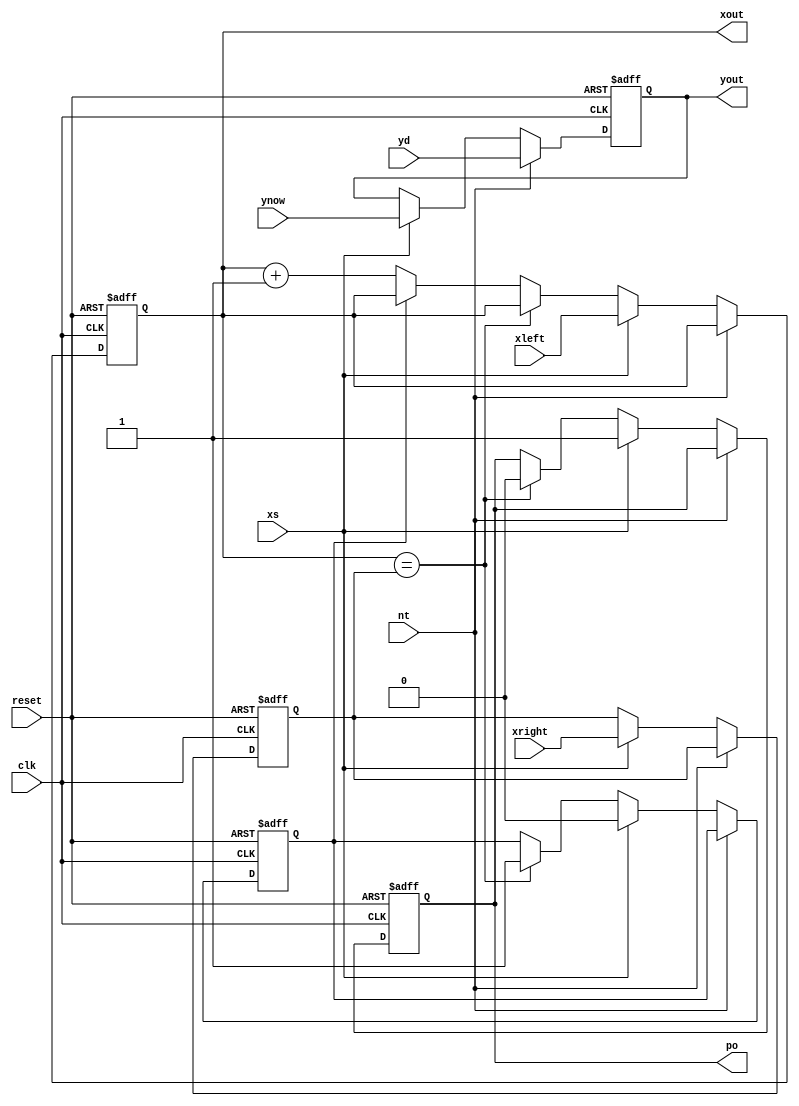
`timescale 1ns/10ps
module out(xout, yout, po, clk, reset, xleft, xright, ynow, xs, yd, nt);
input clk, reset, xs, nt;
input[7:0] ynow;
input[7:0] xleft;
input[7:0] xright;
input[7:0] yd;
output [7:0] xout;
output [7:0] yout;
output po;
reg po;
reg [7:0] xout;
reg [7:0] yout;
reg [7:0] temp_xright;
reg xhalt;


	
always @(posedge clk or posedge reset)
	if(reset) begin
		xhalt<=1'b1;
		po<=1'b0;
		xout<=8'd0;
		yout<=8'd0;
		temp_xright<=8'd0;
		end
	else if(nt) begin
		yout<=yd;
		end
	else if(xs) begin
		xout<=xleft;
		yout<=ynow;
		po<=1'b1;
		xhalt<=1'b0;
		temp_xright<=xright;
		end
	else if(xout==temp_xright) begin
		xout<=xout;
		po<=1'b0;
		yout<=yout;
		xhalt<=1'b1;
		temp_xright<=temp_xright;
		end
	else if(xhalt)	begin
		xout<=xout;
		yout<=yout;
		temp_xright<=temp_xright;
		end
	else begin
		xout<=xout+1;
		yout<=yout;
		temp_xright<=temp_xright;
		end
endmodule